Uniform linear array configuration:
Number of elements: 12
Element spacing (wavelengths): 1
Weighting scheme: binomial
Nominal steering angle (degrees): -30
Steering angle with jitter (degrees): -31.516
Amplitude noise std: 0.05
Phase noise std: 0.05

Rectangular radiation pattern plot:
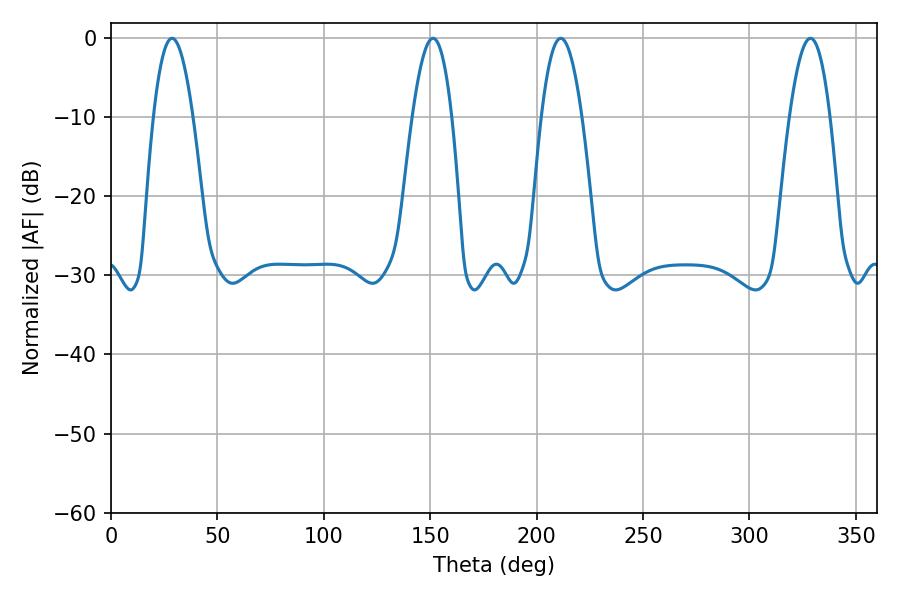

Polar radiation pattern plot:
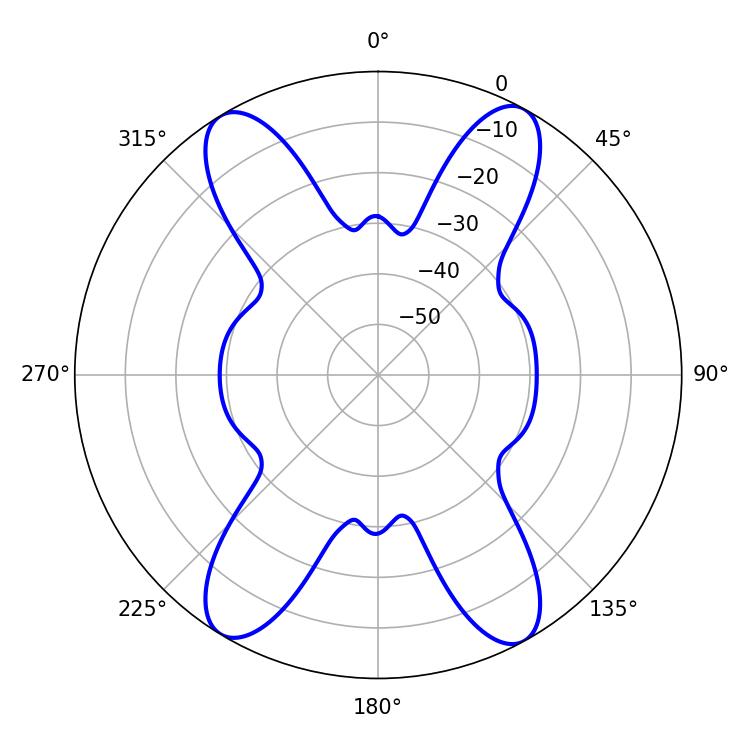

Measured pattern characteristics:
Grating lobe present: TRUE
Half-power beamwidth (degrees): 10.44
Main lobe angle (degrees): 328.68